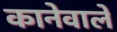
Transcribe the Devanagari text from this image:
कानेवाले